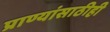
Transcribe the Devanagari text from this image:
प्राण्यांसाठीही